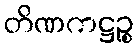
တိဏကဋ္ဌဉ္စ